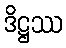
ဒိဋ္ဌဿ